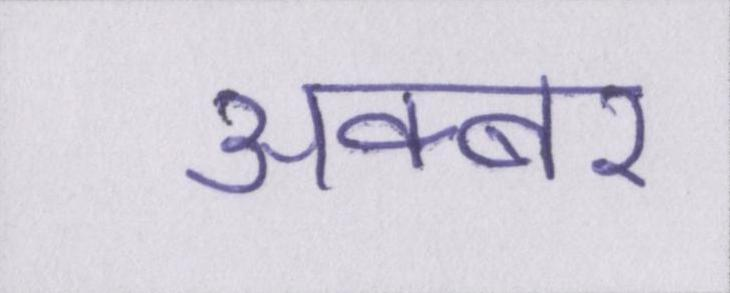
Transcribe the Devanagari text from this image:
अक्बर